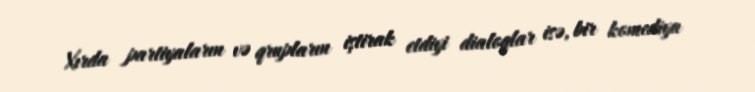
Xırda partiyaların və qrupların iştirak etdiyi dialoqlar isə, bir komediya